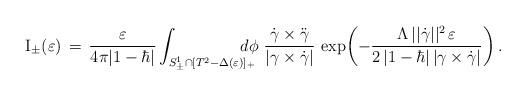
LaTeX: \begin{align*}{\rm I}_\pm(\varepsilon) \,=\, \frac{\varepsilon}{4\pi |1-\hbar|}\int_{S^1_\pm\cap[T^2 - \Delta(\varepsilon)]_+}\mskip-20mu d\phi\,\,\frac{\dot{\gamma}\times\ddot{\gamma}}{|\gamma\times\dot{\gamma}|}\, \exp{\!\left(-\frac{\Lambda\,||\dot{\gamma}||^2\,\varepsilon}{2\,|1-\hbar|\,|\gamma\times\dot{\gamma}|}\right)}\,.\end{align*}